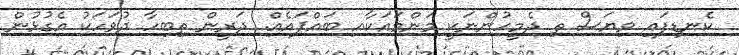
ކެނޑިފައި ވިޔަސް ތި ދެމީހުންނަކީ މަންމައަކާއި ބައްޕައެއް. ދަރީން ތިބިހާ ދުވަހަކު އެގުޅުން